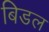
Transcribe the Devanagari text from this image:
बिडल